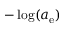
- \log ( a _ { \mathrm { e } } )